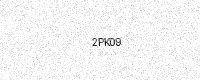
Text: 2PK09